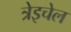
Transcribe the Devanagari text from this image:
त्रेइचेल